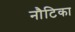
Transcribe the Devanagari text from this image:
नौटिका